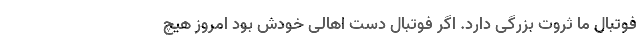
فوتبال ما ثروت بزرگی دارد. اگر فوتبال دست اهالی خودش بود امروز هیچ